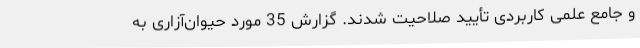
و جامع علمی کاربردی تأیید صلاحیت شدند. گزارش 35 مورد حیوان‌آزاری به